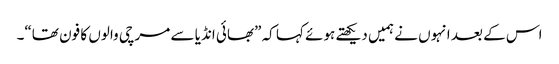
اس کے بعد انہوں نے ہمیں دیکھتے ہوئے کہا کہ ”بھائی انڈیا سے مرچی والوں کا فون تھا“۔